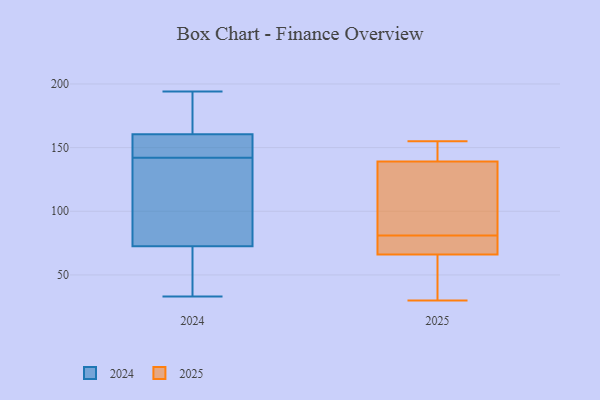
{"axis": {"x": "Production Output", "y": "Value"}, "legend": ["2024", "2025"], "data": [{"x": "", "y": 79, "type": "2025"}, {"x": "", "y": 81, "type": "2025"}, {"x": "", "y": 155, "type": "2025"}, {"x": "", "y": 72, "type": "2025"}, {"x": "", "y": 142, "type": "2025"}, {"x": "", "y": 35, "type": "2025"}, {"x": "", "y": 64, "type": "2025"}, {"x": "", "y": 141, "type": "2025"}, {"x": "", "y": 36, "type": "2025"}, {"x": "", "y": 133, "type": "2025"}, {"x": "", "y": 129, "type": "2025"}, {"x": "", "y": 74, "type": "2025"}, {"x": "", "y": 148, "type": "2025"}, {"x": "", "y": 105, "type": "2025"}, {"x": "", "y": 30, "type": "2025"}, {"x": "", "y": 106, "type": "2024"}, {"x": "", "y": 150, "type": "2024"}, {"x": "", "y": 33, "type": "2024"}, {"x": "", "y": 141, "type": "2024"}, {"x": "", "y": 71, "type": "2024"}, {"x": "", "y": 134, "type": "2024"}, {"x": "", "y": 194, "type": "2024"}, {"x": "", "y": 173, "type": "2024"}, {"x": "", "y": 60, "type": "2024"}, {"x": "", "y": 146, "type": "2024"}, {"x": "", "y": 153, "type": "2024"}, {"x": "", "y": 74, "type": "2024"}, {"x": "", "y": 143, "type": "2024"}, {"x": "", "y": 168, "type": "2024"}, {"x": "", "y": 183, "type": "2024"}, {"x": "", "y": 56, "type": "2024"}]}